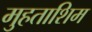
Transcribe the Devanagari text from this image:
मुहताशिम